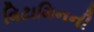
વિટામિનની